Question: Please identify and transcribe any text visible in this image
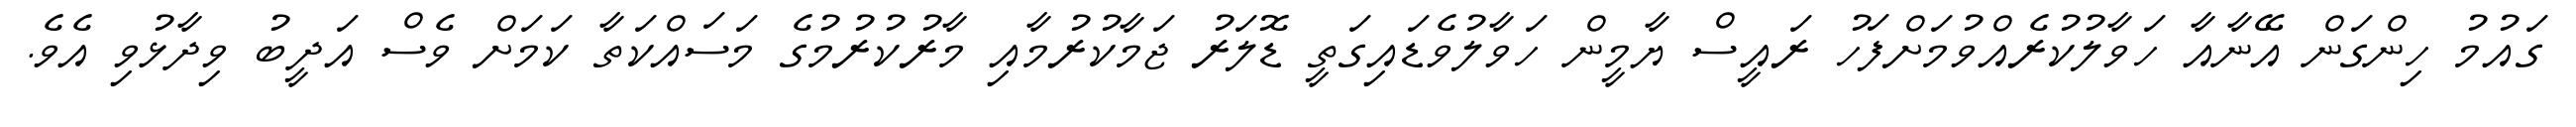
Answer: ގައުމު ހިންގަން އޭނާއާ ހަވާލުކުރެއްވުމަށްފަހު ރައީސް ޔާމީން ހަވާލުވެޑައިގަތީ ޑޮލަރު ޖަމާކުރުމާއި މާރުކުރުމުގެ މަސައްކަތާ ކަމަށް ވެސް އަދީބު ވިދާޅުވި އެވެ.